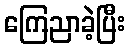
ကြေညာခဲ့ပြီး